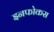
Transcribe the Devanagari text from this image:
इनफोकस